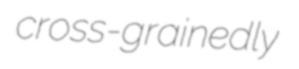
cross-grainedly